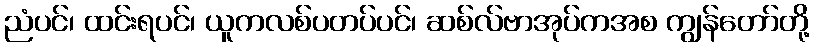
ညံပင်၊ ထင်းရပင်၊ ယူကလစ်ပတပ်ပင်၊ ဆစ်လ်ဗာအုပ်ကအစ ကျွန်တော်တို့